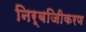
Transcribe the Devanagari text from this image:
निर्बजिीकरण